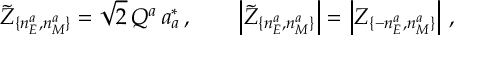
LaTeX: \tilde { \cal Z } _ { \{ n _ { E } ^ { a } , n _ { M } ^ { a } \} } = \sqrt { 2 } \, Q ^ { a } \, a _ { a } ^ { * } \, , \qquad \left| \tilde { \cal Z } _ { \{ n _ { E } ^ { a } , n _ { M } ^ { a } \} } \right| = \left| { \cal Z } _ { \{ - n _ { E } ^ { a } , n _ { M } ^ { a } \} } \right| \, ,